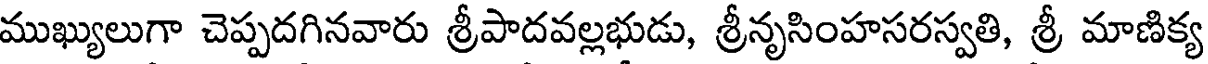
ముఖ్యులుగా చెప్పదగినవారు శ్రీపాదవల్లభుడు, శ్రీనృసింహసరస్వతి, శ్రీ మాణిక్య